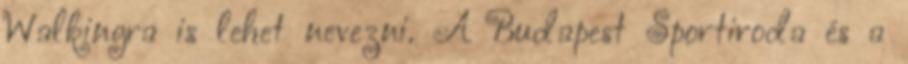
Walkingra is lehet nevezni. A Budapest Sportiroda és a